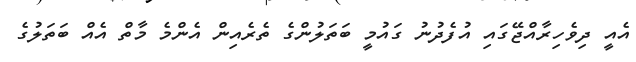
އެއީ ދިވެހިރާއްޖޭގައި އުފެދުނު ގައުމީ ބަތަލުންގެ ތެރެއިން އެންމެ މާތް އެއް ބަތަލުގެ